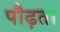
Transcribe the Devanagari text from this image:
पौढ़ता